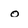
Character: o